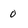
Character: o